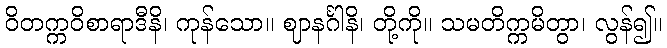
ဝိတက္ကဝိစာရာဒီနိ၊ ကုန်သော။ ဈာနင်္ဂါနိ၊ တို့ကို။ သမတိက္ကမိတွာ၊ လွန်၍။